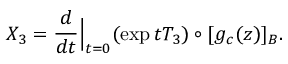
X _ { 3 } = \frac { d } { d t } { \Big \vert } _ { t = 0 } ( \exp t T _ { 3 } ) \circ [ g _ { c } ( z ) ] _ { B } .